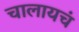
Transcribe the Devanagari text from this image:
चालायचं